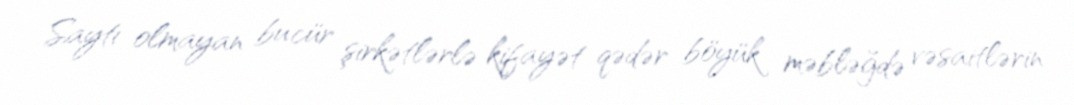
Saytı olmayan bu cür şirkətlərlə kifayət qədər böyük məbləğdə vəsaitlərin